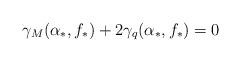
LaTeX: \begin{align*}\gamma_{M}(\alpha_{*}, f_{*}) + 2 \gamma_{q}(\alpha_{*}, f_{*}) = 0\end{align*}